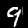
Label: 9